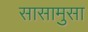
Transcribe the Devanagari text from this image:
सासामुसा